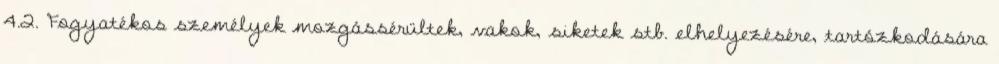
4.2. Fogyatékos személyek mozgássérültek, vakok, siketek stb. elhelyezésére, tartózkodására